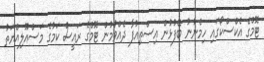
ޓޮމްގެ އެކްސްކޯގައި ހިމެނުނު ބޭފުޅުން އިސްތިއުފާ ދެއްވުމުން ޓޮމްގެ ރައީސް ކަމުގެ މަސްއޫލިއްޔަތު